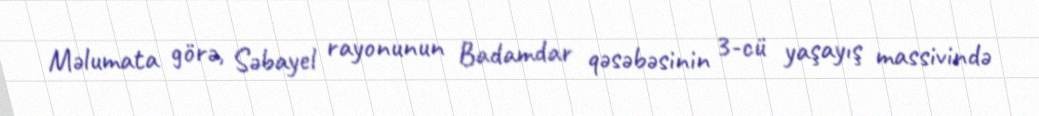
Məlumata görə, Səbayel rayonunun Badamdar qəsəbəsinin 3-cü yaşayış massivində